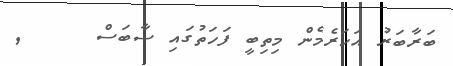
ބަރާބަރު އަހަރެމެން މިތިބީ ފަހަތުގައި ސާބަސް